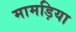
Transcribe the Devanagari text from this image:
मामड़िया